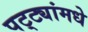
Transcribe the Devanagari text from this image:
पट्ट्यांमधे